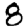
Digit: 8